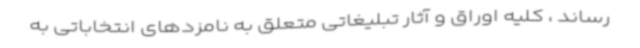
رساند ، کلیه اوراق و آثار تبلیغاتی متعلق به نامزدهای انتخاباتی به